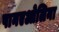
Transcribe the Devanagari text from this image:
पानएओलिना